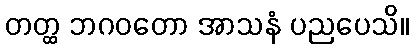
တတ္ထ ဘဂဝတော အာသနံ ပညပေသိ။